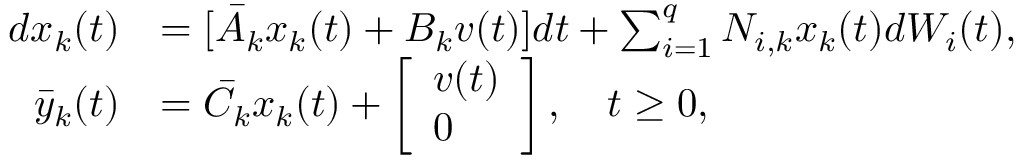
\begin{array} { r l } { d x _ { k } ( t ) } & { = [ \bar { A } _ { k } x _ { k } ( t ) + B _ { k } v ( t ) ] d t + \sum _ { i = 1 } ^ { q } N _ { i , k } x _ { k } ( t ) d W _ { i } ( t ) , } \\ { \bar { y } _ { k } ( t ) } & { = \bar { C } _ { k } x _ { k } ( t ) + \left[ \begin{array} { l } { v ( t ) } \\ { 0 } \end{array} \right] , \quad t \geq 0 , } \end{array}